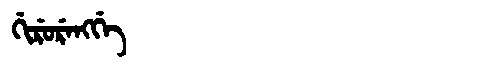
Manchu: ᡤᡳᡵᡠᡵᡝᠩᡤᡝ
Romanization: GIRURENGGE